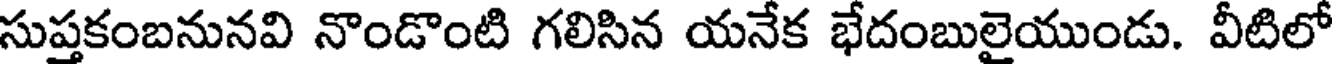
సుప్తకంబనునవి నొండొంటి గలిసిన యనేక భేదంబులైయుండు. వీటిలో